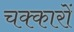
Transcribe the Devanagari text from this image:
चक्कारों